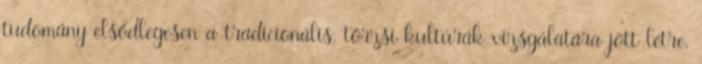
tudomány elsődlegesen a tradicionális, törzsi kultúrák vizsgálatára jött létre,